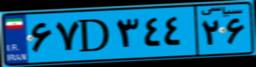
۷۶D۵۴۸۴۹